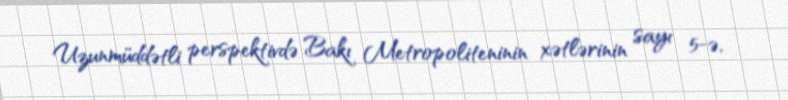
Uzunmüddətli perspektivdə Bakı Metropoliteninin xətlərinin sayı 5-ə,